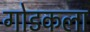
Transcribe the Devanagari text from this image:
गोडकला